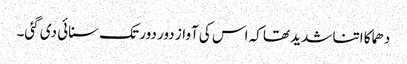
دھماکا اتنا شدید تھا کہ اس کی آواز دور دور تک سنائی دی گئی۔